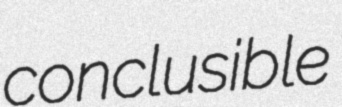
conclusible